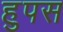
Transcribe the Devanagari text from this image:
हुपस